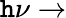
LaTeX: \mathtt{h}\nu\rightarrow